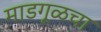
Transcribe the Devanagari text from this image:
माडगूळचा